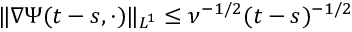
\| \nabla \Psi ( t - s , \cdot ) \| _ { L ^ { 1 } } \leq \nu ^ { - 1 / 2 } ( t - s ) ^ { - 1 / 2 }